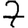
Digit: 7